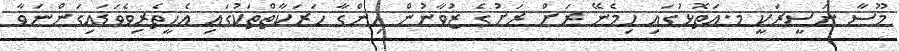
މޫސާ ނަސީރަކީ މ.އަތޮޅުގައި ހިމެނޭ ރަށް ރަށުގެ ޒުވާނުން ހިންގާ ހަރަކާތްތަކުގައި އެހީތެރިވެވަޑައިގަންނަވާ